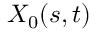
X _ { 0 } ( s , t )